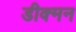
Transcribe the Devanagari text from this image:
डीक्मन